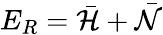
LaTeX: E_{R}=\mathcal{\bar{H}}+\mathcal{\bar{N}}